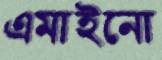
এমাইনো